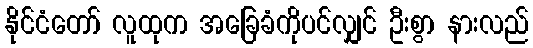
နိုင်ငံတော် လူထုက အခြေခံကိုပင်လျှင် ဦးစွာ နားလည်